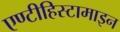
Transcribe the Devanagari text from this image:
एण्टीहिस्टामाइन